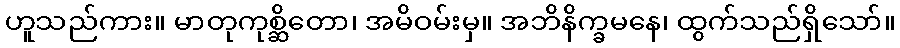
ဟူသည်ကား။ မာတုကုစ္ဆိတော၊ အမိဝမ်းမှ။ အဘိနိက္ခမနေ၊ ထွက်သည်ရှိသော်။